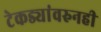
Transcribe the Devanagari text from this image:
टेकड्यांवरुनही